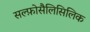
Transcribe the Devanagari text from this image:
सल्फ़ोसैलिसिलिक